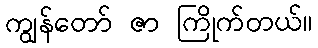
ကျွန်တော် ဇာ ကြိုက်တယ်။